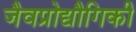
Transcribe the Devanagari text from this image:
जैवप्रोद्यौगिकी